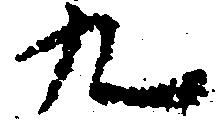
九